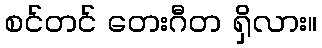
စင်တင် တေးဂီတ ရှိလား။